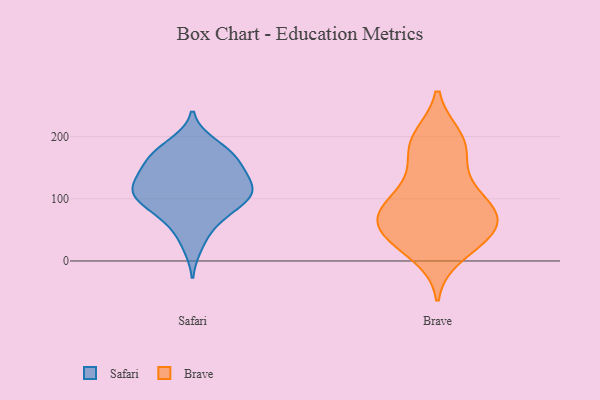
{"axis": {"x": "Customer Acquisition Cost (USD)", "y": "Value"}, "legend": ["Brave", "Safari"], "data": [{"x": "", "y": 133, "type": "Safari"}, {"x": "", "y": 54, "type": "Safari"}, {"x": "", "y": 104, "type": "Safari"}, {"x": "", "y": 165, "type": "Safari"}, {"x": "", "y": 125, "type": "Safari"}, {"x": "", "y": 158, "type": "Safari"}, {"x": "", "y": 138, "type": "Safari"}, {"x": "", "y": 76, "type": "Safari"}, {"x": "", "y": 189, "type": "Safari"}, {"x": "", "y": 24, "type": "Safari"}, {"x": "", "y": 128, "type": "Safari"}, {"x": "", "y": 102, "type": "Safari"}, {"x": "", "y": 103, "type": "Safari"}, {"x": "", "y": 162, "type": "Safari"}, {"x": "", "y": 100, "type": "Safari"}, {"x": "", "y": 184, "type": "Safari"}, {"x": "", "y": 169, "type": "Safari"}, {"x": "", "y": 102, "type": "Safari"}, {"x": "", "y": 116, "type": "Safari"}, {"x": "", "y": 73, "type": "Safari"}, {"x": "", "y": 135, "type": "Brave"}, {"x": "", "y": 84, "type": "Brave"}, {"x": "", "y": 45, "type": "Brave"}, {"x": "", "y": 63, "type": "Brave"}, {"x": "", "y": 33, "type": "Brave"}, {"x": "", "y": 64, "type": "Brave"}, {"x": "", "y": 199, "type": "Brave"}, {"x": "", "y": 10, "type": "Brave"}, {"x": "", "y": 79, "type": "Brave"}, {"x": "", "y": 48, "type": "Brave"}, {"x": "", "y": 115, "type": "Brave"}, {"x": "", "y": 179, "type": "Brave"}, {"x": "", "y": 86, "type": "Brave"}, {"x": "", "y": 33, "type": "Brave"}, {"x": "", "y": 86, "type": "Brave"}, {"x": "", "y": 199, "type": "Brave"}, {"x": "", "y": 178, "type": "Brave"}]}